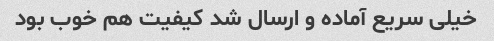
خیلی سریع آماده و ارسال شد کیفیت هم خوب بود